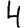
Digit: 4